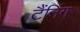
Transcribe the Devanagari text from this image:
टैंनिंग